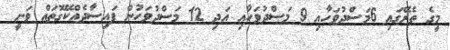
މީގެ ތެރޭގައި 6މަސްދުވަހާއި 9 މަސްދުވަހާއި އަދި 12 މަސްދުވަހުން ފައިސާދެއްކޭގޮތައް ވަނީ